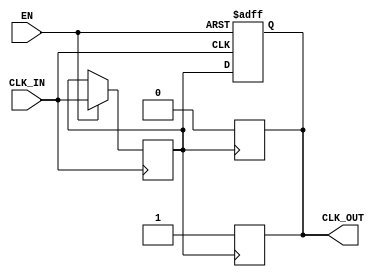
module clock_buffer (
    input wire CLK_IN,      // Input clock signal
    input wire EN,         // Enable signal
    output reg CLK_OUT      // Buffered output clock signal
);

// Parameters for timing characteristics
parameter t_pd = 1;      // Propagation delay (in ns)
parameter t_r = 1;       // Rise time (in ns)
parameter t_f = 1;       // Fall time (in ns)

// Internal signal to hold the buffered clock
reg CLK_IN_d;

// Clock buffer logic
always @(posedge CLK_IN or negedge EN) begin
    if (!EN) begin
        // If enable is low, output clock is held low
        CLK_OUT <= 1'b0;
    end else begin
        // Delay the input clock and drive the output clock
        #t_pd CLK_IN_d <= CLK_IN; // Propagation delay
        CLK_OUT <= CLK_IN_d;       // Buffer the clock signal
    end
end

// Handle rise and fall times
always @(posedge CLK_IN_d) begin
    #t_r CLK_OUT <= 1'b1; // Simulate rise time
end

always @(negedge CLK_IN_d) begin
    #t_f CLK_OUT <= 1'b0; // Simulate fall time
end

endmodule